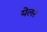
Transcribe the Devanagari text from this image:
येलर